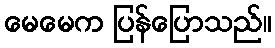
မေမေက ပြန်ပြောသည်။